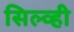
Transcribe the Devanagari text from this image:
सिल्व्ही